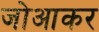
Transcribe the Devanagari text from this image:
जोआकर